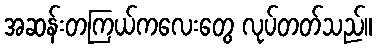
အဆန်းတကြယ်ကလေးတွေ လုပ်တတ်သည်။